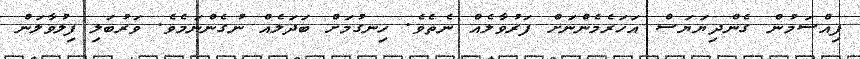
ފިއްސަމުން ގެންދިޔަޔަސް އަހަރެމެންނަށް ފަރުވާލެއް ނެތެވެ. ހިނގުމަށް ބަދަލެއް ނުގެންނަމެވެ. ވަރުބަލި ފިލުވާލަން